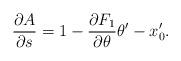
LaTeX: \begin{align*} \frac{\partial A}{\partial s} = 1 - \frac{\partial F_1}{\partial\theta}\theta' - x_0'.\end{align*}